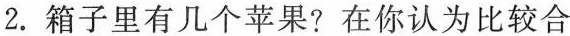
2. 箱子里有几个苹果?在你认为比较合